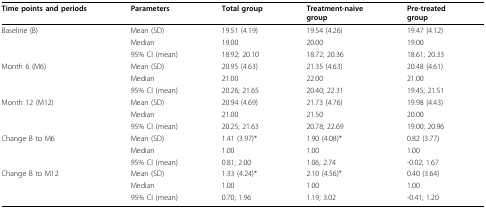
<table><thead><tr><td><b>Time points and periods</b></td><td><b>Parameters</b></td><td><b>Total group</b></td><td><b>Treatment-naive group</b></td><td><b>Pre-treated group</b></td></tr></thead><tbody><tr><td>Baseline (B)</td><td>Mean (SD)</td><td>19.51 (4.19)</td><td>19.54 (4.26)</td><td>19.47 (4.12)</td></tr><tr><td></td><td>Median</td><td>19.00</td><td>20.00</td><td>19.00</td></tr><tr><td></td><td>95% CI (mean)</td><td>18.92; 20.10</td><td>18.72; 20.36</td><td>18.61; 20.33</td></tr><tr><td>Month 6 (M6)</td><td>Mean (SD)</td><td>20.95 (4.63)</td><td>21.35 (4.63)</td><td>20.48 (4.61)</td></tr><tr><td></td><td>Median</td><td>21.00</td><td>22.00</td><td>21.00</td></tr><tr><td></td><td>95% CI (mean)</td><td>20.26; 21.65</td><td>20.40; 22.31</td><td>19.45; 21.51</td></tr><tr><td>Month 12 (M12)</td><td>Mean (SD)</td><td>20.94 (4.69)</td><td>21.73 (4.76)</td><td>19.98 (4.43)</td></tr><tr><td></td><td>Median</td><td>21.00</td><td>21.50</td><td>20.00</td></tr><tr><td></td><td>95% CI (mean)</td><td>20.25; 21.63</td><td>20.78; 22.69</td><td>19.00; 20.96</td></tr><tr><td>Change B to M6</td><td>Mean (SD)</td><td>1.41 (3.97)*</td><td>1.90 (4.08)*</td><td>0.82 (3.77)</td></tr><tr><td></td><td>Median</td><td>1.00</td><td>1.00</td><td>1.00</td></tr><tr><td></td><td>95% CI (mean)</td><td>0.81; 2.00</td><td>1.06; 2.74</td><td>-0.02; 1.67</td></tr><tr><td>Change B to M12</td><td>Mean (SD)</td><td>1.33 (4.24)*</td><td>2.10 (4.56)*</td><td>0.40 (3.64)</td></tr><tr><td></td><td>Median</td><td>1.00</td><td>1.00</td><td>1.00</td></tr><tr><td></td><td>95% CI (mean)</td><td>0.70; 1.96</td><td>1.19; 3.02</td><td>-0.41; 1.20</td></tr></tbody></table>